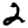
Digit: 2